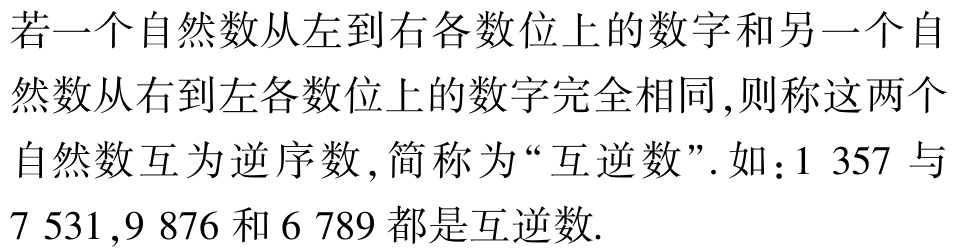
若一个自然数从左到右各数位上的数字和另一个自然数从右到左各数位上的数字完全相同,则称这两个自然数互为逆序数,简称为“互逆数”.如：$1\ 357$与$7\ 531$,$9\ 876$和$6\ 789$都是互逆数.